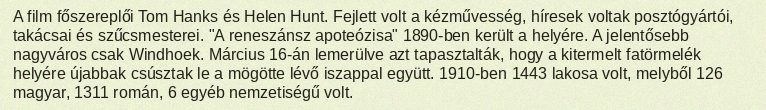
A film főszereplői Tom Hanks és Helen Hunt. Fejlett volt a kézművesség, híresek voltak posztógyártói, takácsai és szűcsmesterei. "A reneszánsz apoteózisa" 1890-ben került a helyére. A jelentősebb nagyváros csak Windhoek. Március 16-án lemerülve azt tapasztalták, hogy a kitermelt fatörmelék helyére újabbak csúsztak le a mögötte lévő iszappal együtt. 1910-ben 1443 lakosa volt, melyből 126 magyar, 1311 román, 6 egyéb nemzetiségű volt.